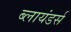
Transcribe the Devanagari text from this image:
ब्लायंडर्स